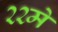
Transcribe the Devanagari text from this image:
२२मे